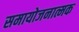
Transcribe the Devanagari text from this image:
समायोजनात्मक